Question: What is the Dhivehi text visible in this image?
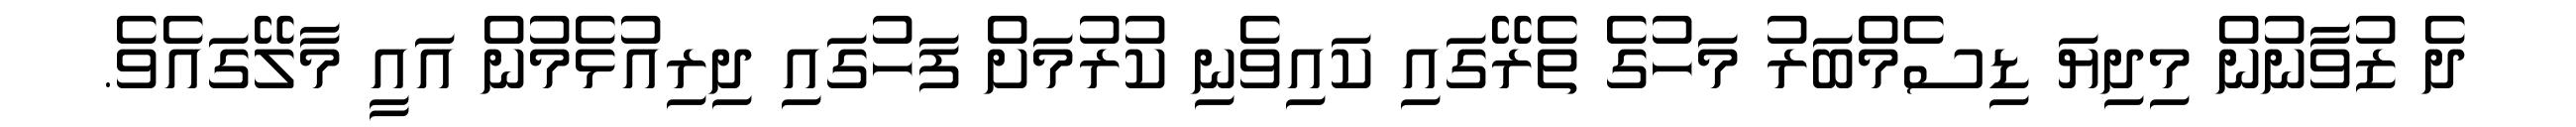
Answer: ދެ ޒުވާނުން މިދިޔަ ޑިސެމްބަރު މަހުގެ ތެރޭގައި ކައިވެނި ކުރުމަށް ފަހުގައި ދިރިއުޅެމުން އައީ މާލޭގައެވެ.